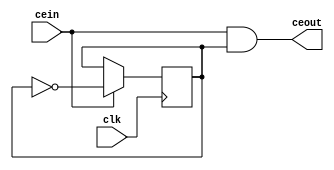
module fixeddivby2(
	input clk,
	input cein,
	output ceout);
	reg q;
	initial q = 0;
	assign ceout = cein & q;
	always @(posedge clk) begin
		if(cein)
			q = ~q;
	end
endmodule